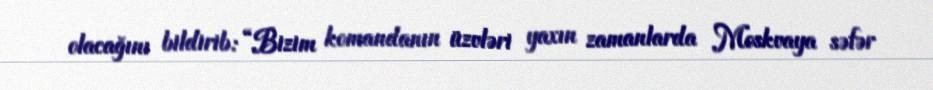
olacağını bildirib: “Bizim komandanın üzvləri yaxın zamanlarda Moskvaya səfər